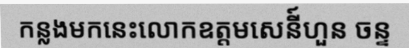
កន្លងមកនេះលោកឧត្តមសេនី៍ហួន ចន្ទ